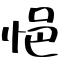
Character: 悒